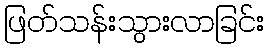
ဖြတ်သန်းသွားလာခြင်း